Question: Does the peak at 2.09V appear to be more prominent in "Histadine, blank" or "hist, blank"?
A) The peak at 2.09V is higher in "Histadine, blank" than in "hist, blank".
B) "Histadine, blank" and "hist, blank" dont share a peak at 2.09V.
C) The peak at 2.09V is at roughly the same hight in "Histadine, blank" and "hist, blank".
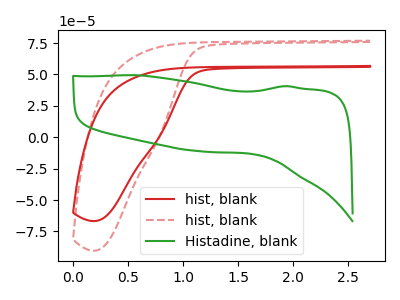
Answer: <think>The red curve "hist, blank" has no peaks. The red dashed curve "hist, blank" has no peaks. The green curve "Histadine, blank" has no peaks.</think>
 <answer>B) "Histadine, blank" and "hist, blank" dont share a peak at 2.09V.</answer>
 <eval>B</eval>